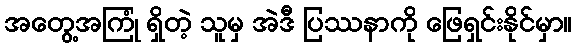
အတွေ့အကြုံ ရှိတဲ့ သူမှ အဲဒီ ပြဿနာကို ဖြေရှင်းနိုင်မှာ။